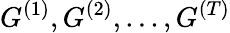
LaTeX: G^{(1)},G^{(2)},...,G^{(T)}